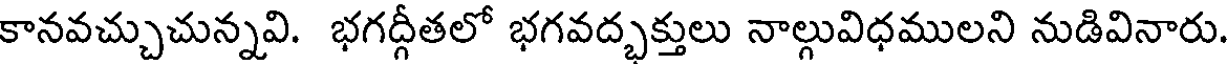
కానవచ్చుచున్నవి. భగద్గీతలో భగవద్భక్తులు నాల్గువిధములని నుడివినారు.